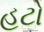
હટો